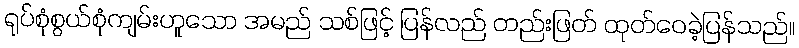
ရုပ်စုံစွယ်စုံကျမ်းဟူသော အမည် သစ်ဖြင့် ပြန်လည် တည်းဖြတ် ထုတ်ဝေခဲ့ပြန်သည်။